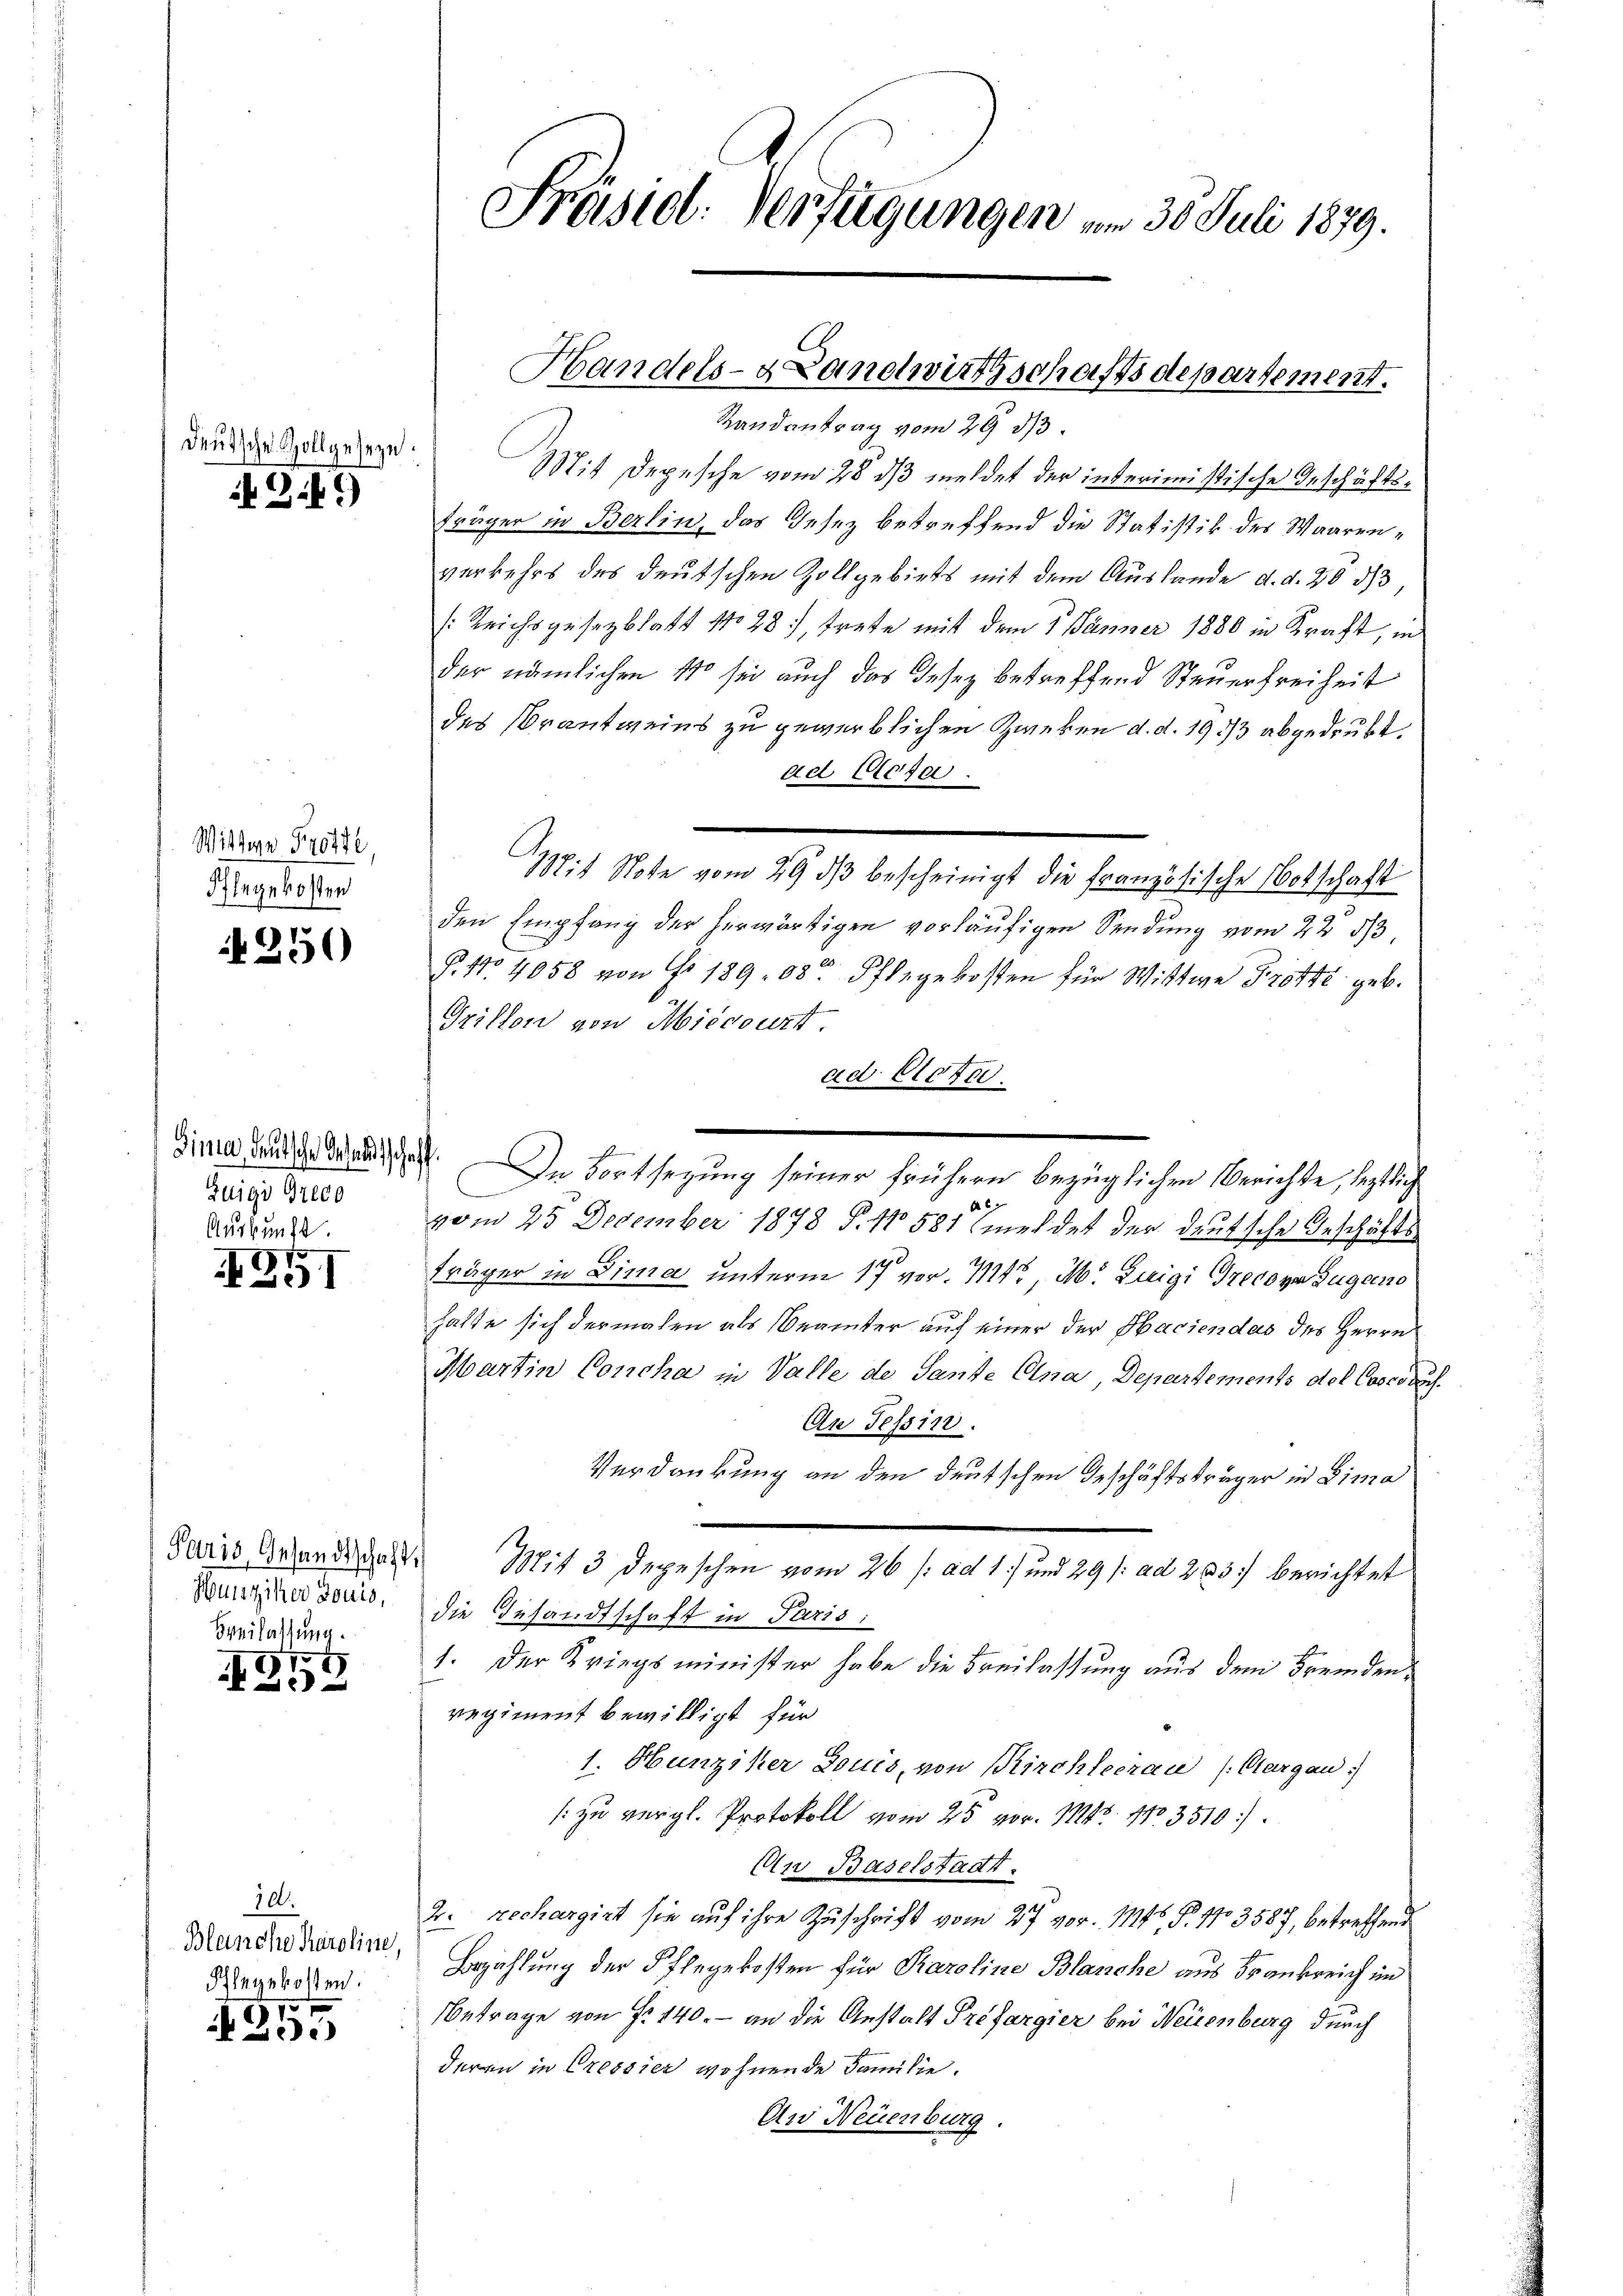
deutsche Zollgeseze

349)

Wittwe Trotte
Ihlegekosten

250

¬
Zuigi Greco
Auskunft.

351

Paris, Gesandtschaft
Hunziker Louis,
Breilassung.

97
2

30
2

10.
Blanche Karoline,
Ihlegekosten.

Präsiel. Verfügungen am 30. Juli 1879.

Handels- & Landwirthschaftsdepartement.

Randantrag vom 29. 33.
Mit Depesche vom 28 dß meldet der interimistische Geschäftsfräger in Berlin, das Gesez betreffend die Statistik des Waarenverkehrs des deutschen Zollgebiets mit dem Auslande d. d. 2033
(Reichsgesezblatt No 28, trete mit dem 1. Jänner 1880 in Kraft, in
der nämlichen 11 sei auch das Desez betreffend Steuerfreiheit
des Prantweins zu gewerblichen Zweken d. d. 191/3 abgedrukt.
ad Clofa
Mit Stote vom 29. dβ bescheinigt die Französische Notschaft
den Empfang der herwärtigen vorläufigen Sendung vom 22 d
P. No 4058 von Fr. 18908. Pflegekosten für Wittwe Trotte geb.
Grillon von Miecourt.
ad. Bieter
.
A
vom 25 December 1878 §. No 581 (meldet der deutsche Geschäftsträger in Dima unterm 17 vor. Mtr, M. Luigi Grecove Jugeno
hatte sich dermalen als Beamter auf einer der Haciendas des Herrn
Martin Concha in Valle der Sante Eina, Departements del Coses den
An Tessin.
Verdankung an den deutschen Geschäftsträger in Lima
u
Mit 3 Depeschen vom 26 /: ad 1) und 29 /: ad 283) berichtet
die Gesandtschaft in Paris:
1. Der Kriegsminister habe die Freilassung aus dem Fremdenregiment bewilligt für
1. Hunziker Louis, von Kirchleerau (Aargau)
: zu vergl. Protokoll vom 25 vor. 11. 1103510).
An Baselstadt.
2. rechargirt sie auf ihre Zuschrift vom 27t vor. 1146. P. 1103587, betreffend
Bezahlung der Pflegekosten für Karoline Blanche aus Frankreich im
etrage von No 140. - an die Anstalt Préfargier bei Neuenburg durch
deren in Cressier wohnende Familie.
An Neuenburg.

dinie wie dritt. In Fortsezung seiner frühern bezüglichen Berichte, legtlich